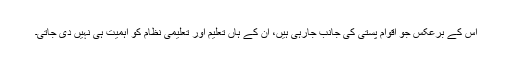
اس کے برعکس جو اقوام پستی کی جانب جارہی ہیں، ان کے ہاں تعلیم اور تعلیمی نظام کو اہمیت ہی نہیں دی جاتی۔